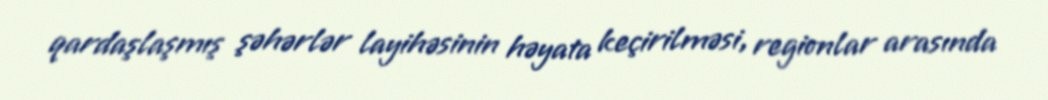
qardaşlaşmış şəhərlər layihəsinin həyata keçirilməsi, regionlar arasında